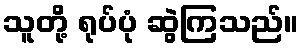
သူတို့ ရုပ်ပုံ ဆွဲကြသည်။